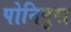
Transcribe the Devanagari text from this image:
पोनिपुरा